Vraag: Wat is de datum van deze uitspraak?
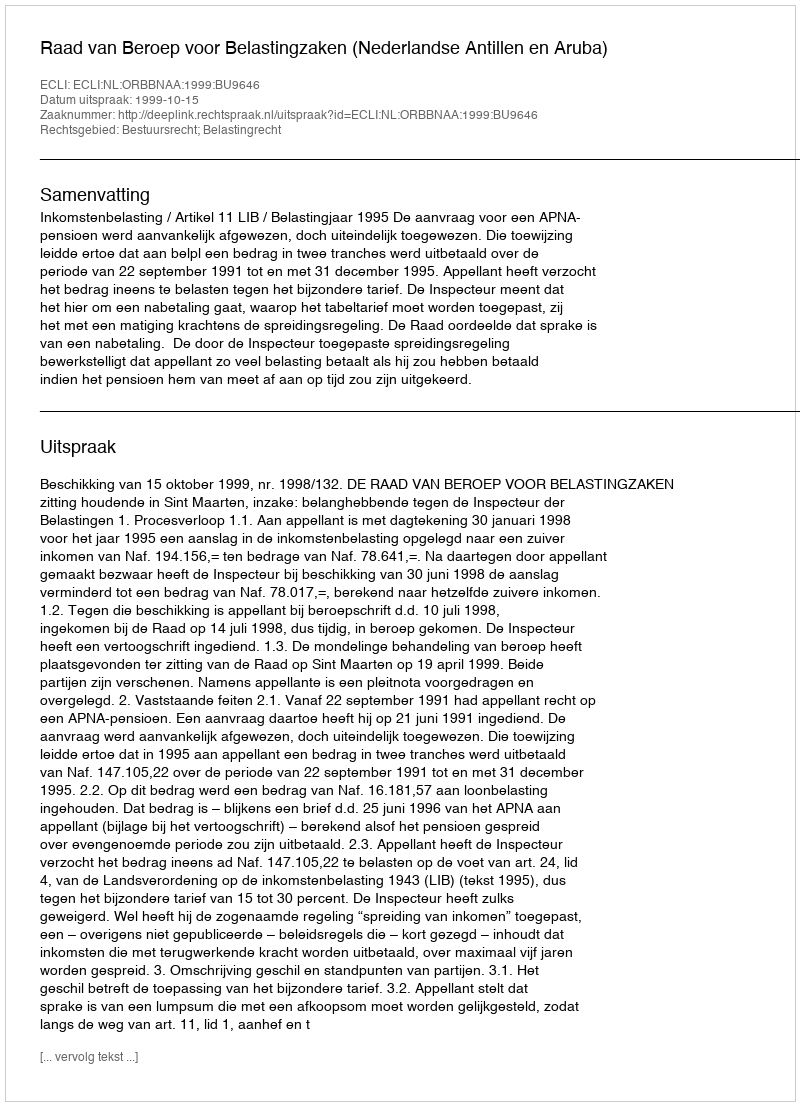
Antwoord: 1999-10-15